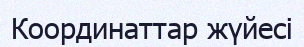
Координаттар жүйесі